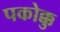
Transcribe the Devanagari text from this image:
पकोक्कु